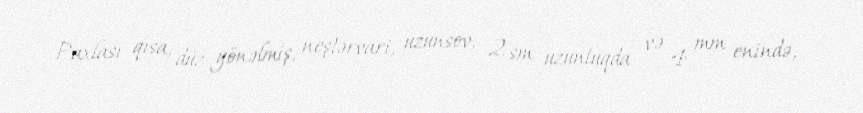
Paxlası qısa, düz yönəlmiş, neştərvari, uzunsov, 2 sm uzunluqda və 4 mm enində,